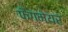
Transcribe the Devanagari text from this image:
फैंगमेयर